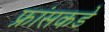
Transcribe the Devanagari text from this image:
फ्रांसकडे